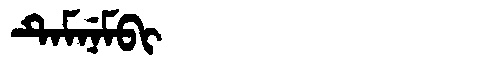
Manchu: ᡨᡝᠮᠨᡝᠮᠪᡳ
Romanization: TEMNEMBI